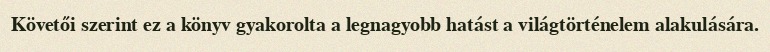
Követői szerint ez a könyv gyakorolta a legnagyobb hatást a világtörténelem alakulására.